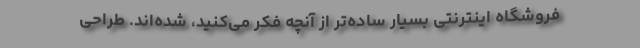
فروشگاه اینترنتی بسیار ساده‌تر از آنچه فکر می‌کنید، شده‌اند. طراحی